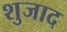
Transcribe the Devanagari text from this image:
शुजाद